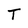
Character: T